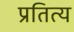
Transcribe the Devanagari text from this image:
प्रतित्य